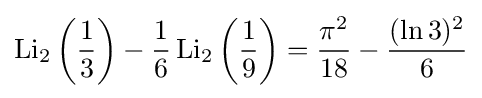
\operatorname {Li} _{2}\left({\frac {1}{3}}\right)-{\frac {1}{6}}\operatorname {Li} _{2}\left({\frac {1}{9}}\right)={\frac {{\pi }^{2}}{18}}-{\frac {(\ln 3)^{2}}{6}}